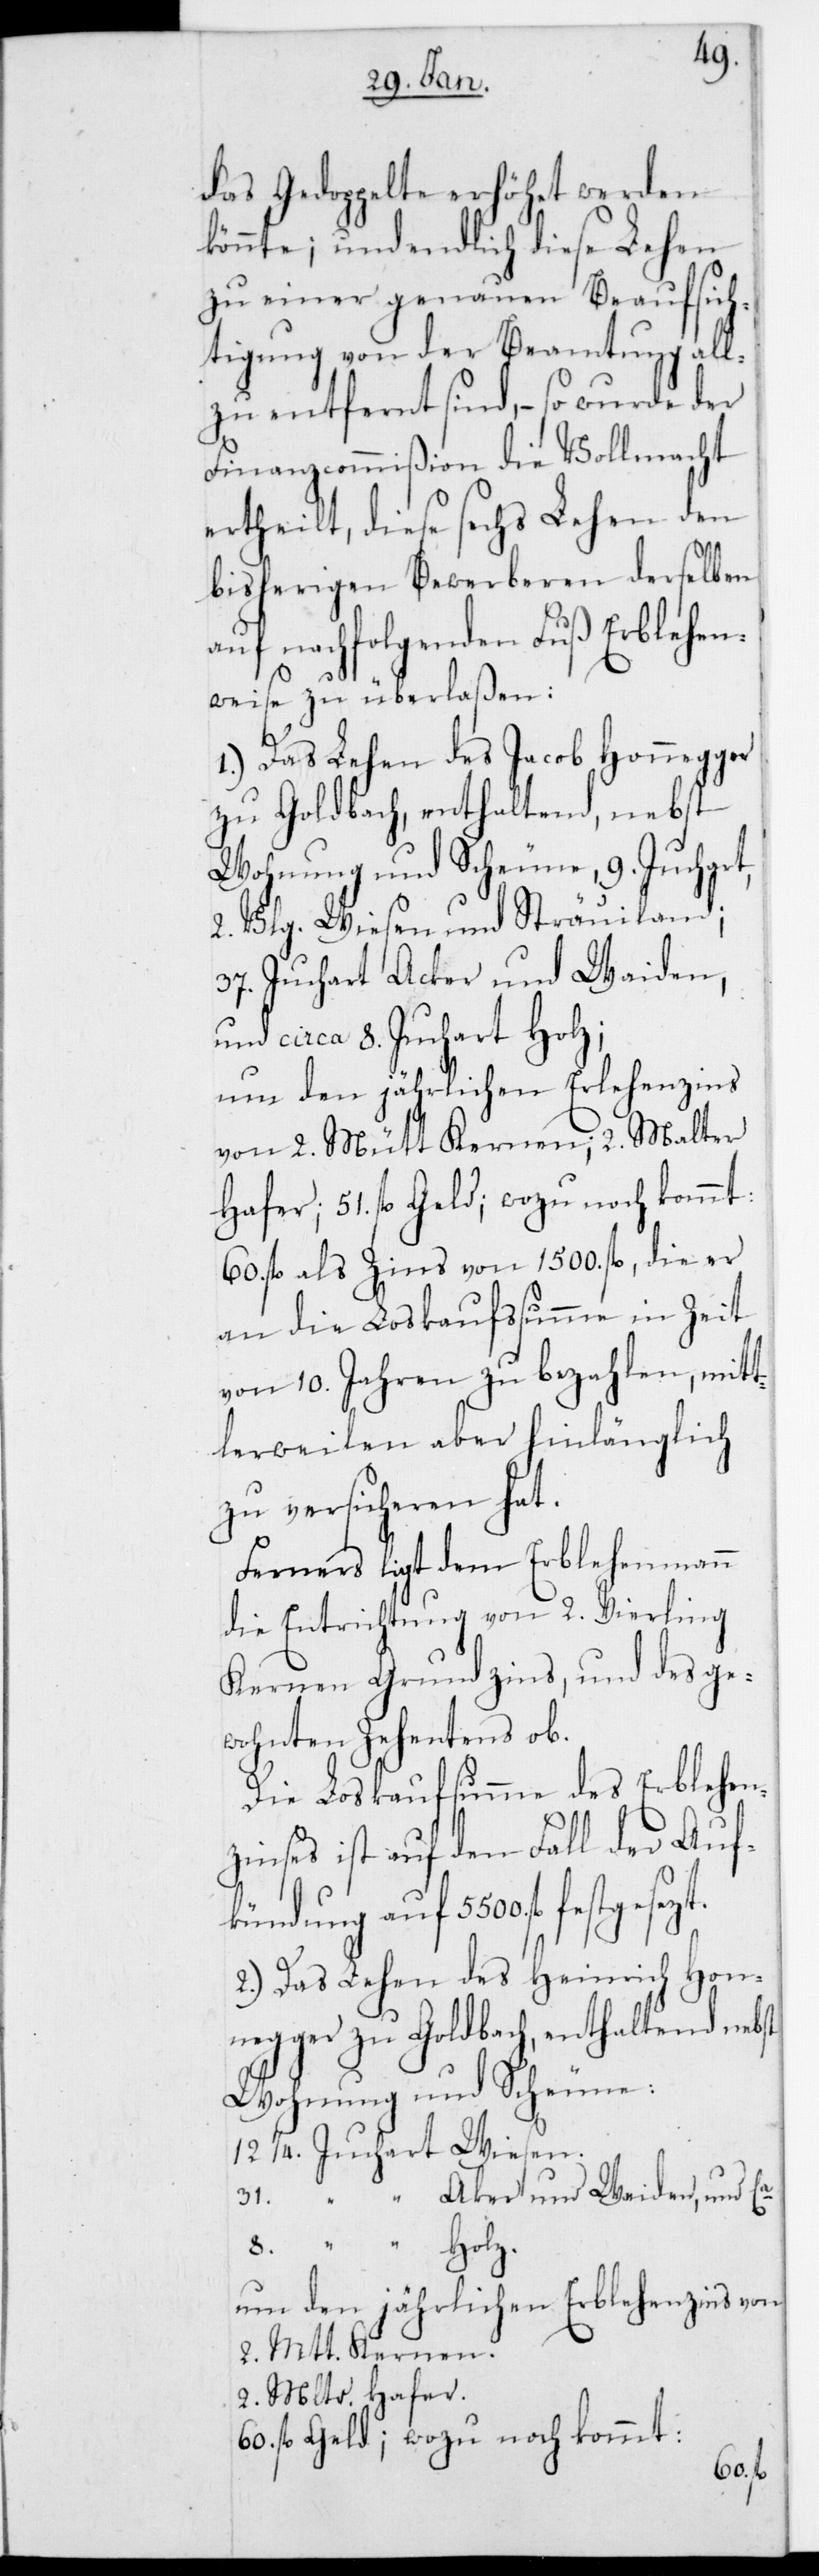
das Gedoppelte erhöhet werden
könnte; und endlich diese Lehen
zu einer genauen Beaufsich¬
tigung von der Beamtung all¬
zu entfernt sind, – so wurde der
Finanzcommißion die Vollmacht
ertheilt, diese sechs Lehen den
bisherigen Bewerberen derselben
auf nachfolgenden Fuß erblehen¬
weise zu überlaßen:
1.) Das Lehen des Jacob Honnegger
zu Goldbach, enthaltend, nebst
Wohnung und Scheune, 9. Juchart,
2. Vlg. Wiesen und Sträuiland;
37. Juchart Acker und Weiden,
und circa 8. Juchart Holz;
60. fl. als Zins von 1500. fl., die er
an die Loskaufßumme in Zeit
von 10. Jahren zu bezahlen, mit¬
tlerweilen aber hinlänglich
zu versicheren hat.
Ferners liegt dem Erblehenmann
die Entrichtung von 2. Vierling
Kernen Grundzins, und des ge¬
wohnten Zehentens ob.
Die Loskaufsumme des Erblehen¬
zinses ist auf den Fall der Auf¬
kündung auf 5500. fl. festge¬
2.) Das Lehen des Heinrich Hon¬
negger zu Goldbach, enthaltend nebst
Wohnung und Scheune:
12 1/4. Juchart Wiesen.
31. “ Acker und Weiden, und
8. “
Holz.
um den jährlichen Erblehenzins von
2. Mtt. Kernen.
2. Mltr. Hafer.
51. fl. Geld; wozu noch kommt:
60. fl.